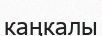
каңкалы